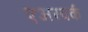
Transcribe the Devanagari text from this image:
एअरवर्क